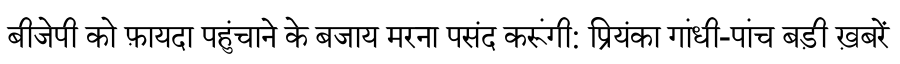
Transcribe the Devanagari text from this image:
बीजेपी को फ़ायदा पहुंचाने के बजाय मरना पसंद करूंगी: प्रियंका गांधी-पांच बड़ी ख़बरें